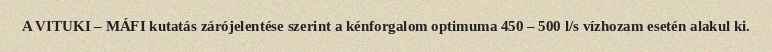
A VITUKI – MÁFI kutatás zárójelentése szerint a kénforgalom optimuma 450 – 500 l/s vízhozam esetén alakul ki.